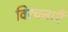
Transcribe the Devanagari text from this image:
विरचनाएँ